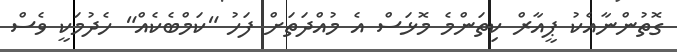
ގޮތުންނާއެކު ޕީއާރް ކިތަންމެ މޮޅަސް އެ މުއްދަަތަށް ފަހު "ކަމްބެކެއް" ހެދުމަކީ ވެސް